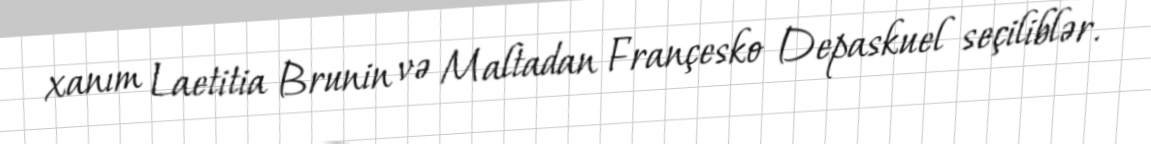
xanım Laetitia Brunin və Maltadan Françesko Depaskuel seçiliblər.